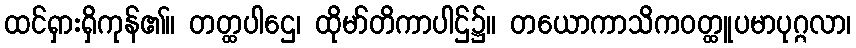
ထင်ရှားရှိကုန်၏။ တတ္ထပါဌေ၊ ထိုမာ်တိကာပါဌ်၌။ တယောကာသိကဝတ္ထူပမာပုဂ္ဂလာ၊